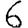
Digit: 6